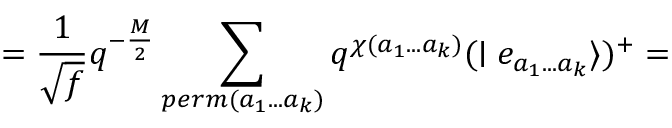
= \frac { 1 } { \sqrt { f } } q ^ { - \frac { M } { 2 } } \sum _ { p e r m ( a _ { 1 } . . . a _ { k } ) } q ^ { \chi ( a _ { 1 } . . . a _ { k } ) } ( \mid e _ { a _ { 1 } . . . a _ { k } } \rangle ) ^ { + } =